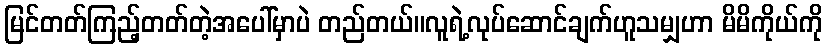
မြင်တတ်ကြည့်တတ်တဲ့အပေါ်မှာပဲ တည်တယ်။လူရဲ့လုပ်ဆောင်ချက်ဟူသမျှဟာ မိမိကိုယ်ကို